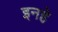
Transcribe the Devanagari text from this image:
इनहे